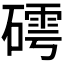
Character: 𱴭